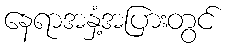
နေရာအနှံ့အပြားတွင်